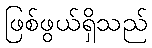
ဖြစ်ဖွယ်ရှိသည်